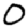
Digit: 0